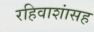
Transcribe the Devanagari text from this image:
रहिवाशांसह